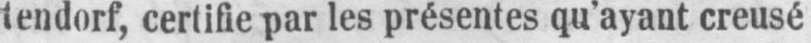
certifie par les présentes qu’ayant creusé